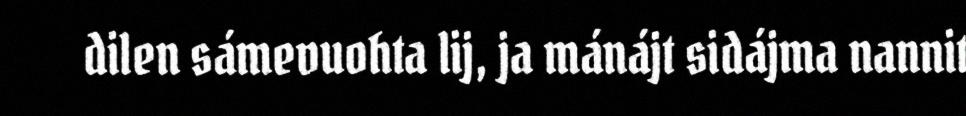
dilen sámevuohta lij, ja mánájt sidájma nannit